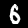
Label: 6